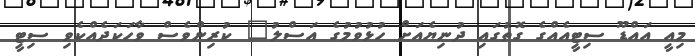
މިއީ އައްޑޫ ސިޓީއެއްގެ ގޮތުގައި ދުނިޔެއަށް ހުޅުވުމުގެ އަސްލު" ކުރިންވެސް ވާހަކަދެއްކެވި ސިޓީ